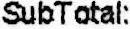
SUBTOTAL: